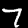
Digit: 7